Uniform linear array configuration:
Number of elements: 8
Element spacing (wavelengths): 0.25
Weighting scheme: uniform
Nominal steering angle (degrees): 15
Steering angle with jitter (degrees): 14.582
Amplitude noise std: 0.05
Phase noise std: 0.05

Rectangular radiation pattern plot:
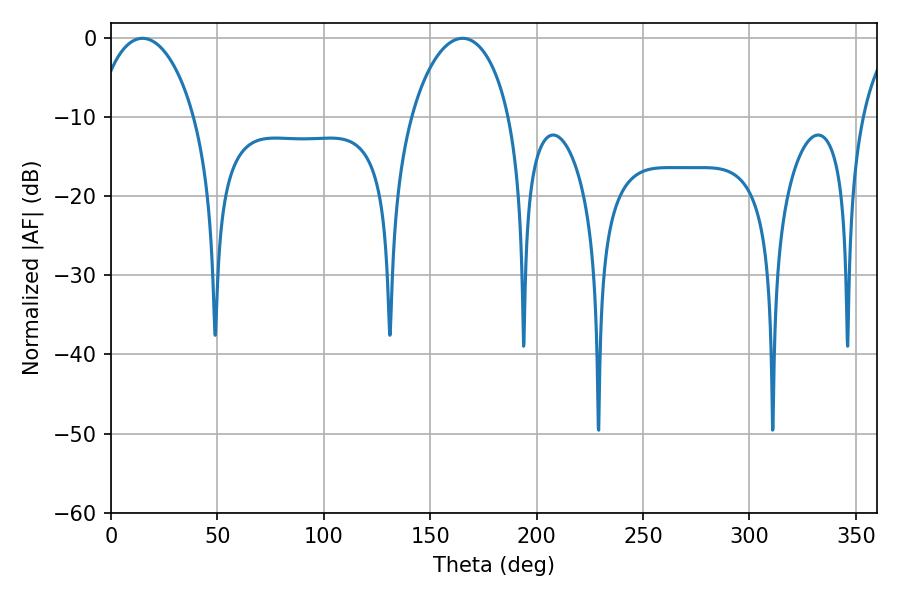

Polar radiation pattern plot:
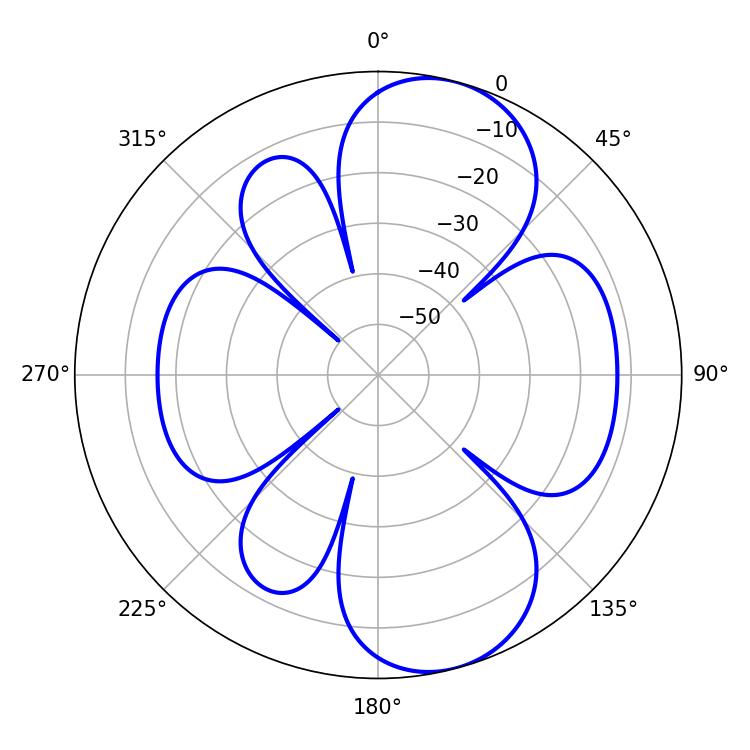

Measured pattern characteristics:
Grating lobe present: FALSE
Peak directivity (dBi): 8.722
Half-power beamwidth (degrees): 26.46
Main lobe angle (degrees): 14.76